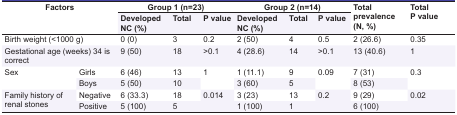
<table><thead><tr><td rowspan="2" colspan="2"><b>Factors</b></td><td colspan="3"><b>Group 1 (n=23)</b></td><td colspan="3"><b>Group 2 (n=14)</b></td><td rowspan="2"><b>Total prevalence(N, %)</b></td><td rowspan="2"><b>Total P value </b></td></tr><tr><td><b>Developed NC (%)</b></td><td><b>Total</b></td><td><b>P value</b></td><td><b>Developed NC (%)</b></td><td><b>Total</b></td><td><b>P value</b></td></tr></thead><tbody><tr><td colspan="2"> Birth weight (&lt;1000 g) </td><td> 0 (0) </td><td> 3 </td><td> 0.2 </td><td> 2 (50) </td><td> 4 </td><td> 0.5 </td><td> 2 (26.6) </td><td> 0.35 </td></tr><tr><td colspan="2"> Gestational age (weeks) 34 is correct </td><td> 9 (50) </td><td> 18 </td><td> &gt;0.1 </td><td> 4 (28.6) </td><td> 14 </td><td> &gt;0.1 </td><td> 13 (40.6) </td><td> 1 </td></tr><tr><td rowspan="2"> Sex </td><td> Girls </td><td> 6 (46) </td><td> 13 </td><td rowspan="2"> 1 </td><td> 1 (11.1) </td><td> 9 </td><td rowspan="2"> 0.09 </td><td> 7 (31) </td><td rowspan="2"> 0.3 </td></tr><tr><td> Boys </td><td> 5 (50) </td><td> 10 </td><td> 3 (60) </td><td> 5 </td><td> 8 (53) </td></tr><tr><td rowspan="2"> Family history of renal stones </td><td> Negative </td><td> 6 (33.3) </td><td> 18 </td><td rowspan="2"> 0.014 </td><td> 3 (23) </td><td> 13 </td><td rowspan="2"> 0.2 </td><td> 9 (29) </td><td rowspan="2"> 0.02 </td></tr><tr><td> Positive </td><td> 5 (100) </td><td> 5 </td><td> 1 (100) </td><td> 1 </td><td> 6 (100) </td></tr></tbody></table>